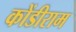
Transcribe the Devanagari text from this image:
कोंडीराम